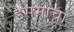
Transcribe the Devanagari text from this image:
इसमाचा